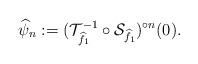
LaTeX: \begin{align*}\widehat{\psi}_{n}:=(\mathcal{T}_{\widehat{f}_1}^{-1}\circ\mathcal{S}_{\widehat{f}_1})^{\circ n}(0).\end{align*}